Medical and sanitary report of the native army of Madras for the year
Year: 1878
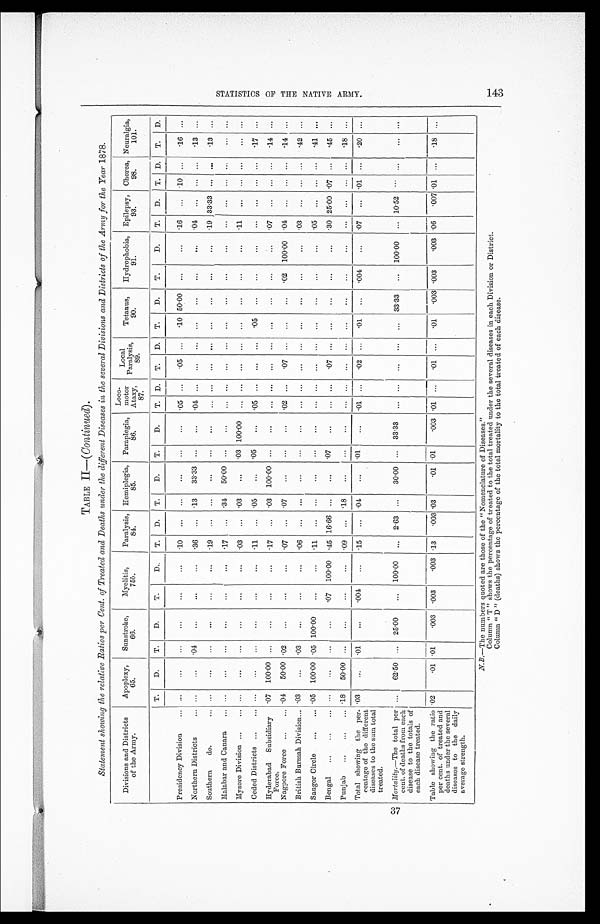
TABLE II—( Continued) .
Statement showing the relative Ratios per Cent. of Treated and Deaths under the different Diseases in the several Divisions and Districts of the Army for the Year 1878.
Divisions and Districts
of the Army.
Apoplexy,
65.
Sunstroke,
66.
Myelitis,
75 b .
Paralysis,
84.
Hemiplegia,
85.
Paraplegia,
86.
Loco-
motor
Ataxy,
87.
Local
Paralysis,
89.
Tetanus,
90.
Hydrophobia,
91.
Epilepsy,
93.
Chorea,
98.
Neuralgia,
101.
Presidency Division . . .
T.
D.
T.
D.
T.
D.
T.
D.
T.
D.
T.
D.
T.
D.
T.
D.
T.
D.
T.
D.
T.
D.
T.
D.
T.
D.
. . .
. . .
. . .
. . .
. . .
. . . .10
. . .
. . .
. . .
. . .
. . . .05
. . .
. 05
. . .
.10 50.00
. . .
. . . .16
. . . .10
. . .
.16
. . .
Northern Districts . . .
. . . . . .
.04
. . .
. . .
. . .
.36
. . .
.13
33.33
. . .
. . .
.04
. . .
. . .
. . .
. . .
. . .
. . .
. . .
. 0 4
. . .
. . .
. . .
. 1 3
. . .
Southern do. . . .
. . .
. . .
. . .
. . .
. . .
. . . .19
. . .
. . .
. . .
. . .
. . .
. . .
. . .
. . .
. . .
. . .
. . .
. . .
. . .
. 1 9
3 3 . 3 3 . . .
. . .
.13
. . .
Malabar and Canara . . .
. . .
. . .
. . .
. . .
. . .
. . .
.17
. . .
.34
50.00
. . .
. . .
. . .
. . .
. . .
. . .
. . .
. . .
. . .
. . .
. . .
. . .
. . .
. . .
. . .
. . .
Mysore Division . . .
. . .
. . .
. . .
. . .
. . .
. . .
.03
. . .
.03
. . .
.03 100.00
. . .
. . .
. . .
. . .
. . .
. . .
. . .
. . .
.11
. . .
. . .
. . .
. . .
. . .
Ceded Districts . . .
. . .
. . .
. . .
. . .
. . .
. . . .11
. . .
.05
. . .
. 0 5 . . .
.05
. . .
. . .
. . .
.05
. . .
. . .
. . .
. . .
. . .
. . .
. . .
. 1 7
. . .
Hyderabad Subsidiary
Force.
.07
100.00
. . .
. . .
. . .
. . .
.17
. . .
.03
100.00
. . . . . .
. . .
. . .
. . .
. . .
. . .
. . .
. . .
. . .
.07
. . .
. . .
. . .
. 1 4
. . .
Nagpore Force . . .
.04
50.00 .02
. . .
. . .
. . . .07
. . .
.07
. . .
. . .
. . . .02
. . .
. 07
. . .
. . .
. . .
.02
100.00
.04
. . .
. . .
. . .
.14
. . .
British Burmah Division . . . .03
. . .
.03
. . .
. . .
. . .
.06
. . .
. . .
. . .
. . .
. . .
. . .
. . .
. . .
. . .
. . .
. . .
. . .
. . . .03
. . .
. . .
. . .
.42
. . .
Saugor Circle . . .
.05
100.00 .05 100.00
. . .
. . .
.11
. . .
. . .
. . .
. . .
. . .
. . .
. . .
. . .
. . .
. . .
. . .
. . .
. . .
.05
. . .
. . .
. . .
41
. . .
Bengal . . .
. . .
. . .
. . .
. . .
.07
100.00
.45 16.66
. . .
. . .
.07
. . .
. . .
. . .
. 07
. . .
. . .
. . .
. . .
. . .
.30 25.00 .07
. . .
.45
. . .
Punjab . . . .18
50.00
. . .
. . .
. . . . . .
.09
. . .
.18
. . .
. . .
. . .
. . .
. . .
. . .
. . .
. . .
. . .
. . .
. . .
. . .
. . .
. . .
. . .
.18
. . .
Total showing the per-
centage of the different
diseases to the sum total
treated.
.03
. . .
. 0 1
. . .
.004
. . .
.15
. . .
.04
. . .
.01
. . . .01
. . .
. 02 . . .
. 0 1
. . .
.004
. . . .07
. . .
.01
. . .
.20
. . .
Mortality .—The total per
cent. of deaths from each
disease to the totals of
each disease treated.
. . .
62.50
. . .
25.00
. . .
100.00
. . .
2.63
. . .
30.00
. . .
33.33
. . .
. . .
. . .
. . .
. . .
33.33
. . .
100.00
. . .
10.52
. . .
. . .
. . .
. . .
Table showing the ratio
per cent. of treated and
deaths under the several
diseases to the daily
average strength.
.02
.01 .01
. 0 0 3
.003
. 0 0 3 .13
.003 .03
.01 .01
. 0 0 3 .01
. . .
. 01
. . .
. 01
.003
.003
. 0 0 3 .06
.007 .01
. . .
.18
. . .
N . B
. — T h e n u m b e r s q u o t e d a r e t h o s e o f t h e " N o m e n c l a t u r e o f D i s e a s e s . "
Column " T " shows the percentage of treated to the total treated under the several diseases in each Division or District.
Column " D " (deaths) shows the percentage of the total mortality to the total treated of each disease.
S T A T I S T I C S O F T H E N A T I V E A R M Y . 1 7 3